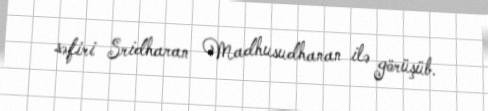
səfiri Sridharan Madhusudhanan ilə görüşüb.